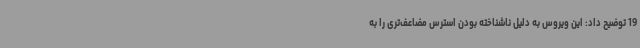
19 توضیح داد: این ویروس به دلیل ناشناخته بودن استرس مضاعف‌تری را به